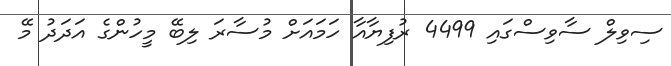
ސިވިލް ސާވިސްގައި 4499 ރުފިޔާއާ ހަމައަށް މުސާރަ ލިބޭ މީހުންގެ އަދަދު މޭ